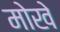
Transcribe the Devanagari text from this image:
मोखे